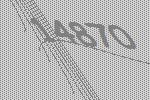
14870